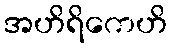
အဟိရိကေဟိ